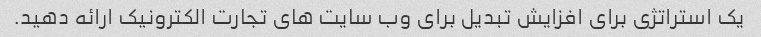
یک استراتژی برای افزایش تبدیل برای وب سایت های تجارت الکترونیک ارائه دهید.